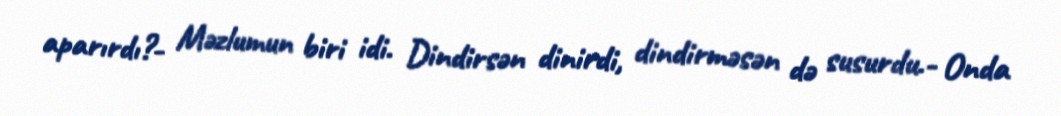
aparırdı?- Məzlumun biri idi. Dindirsən dinirdi, dindirməsən də susurdu.- Onda